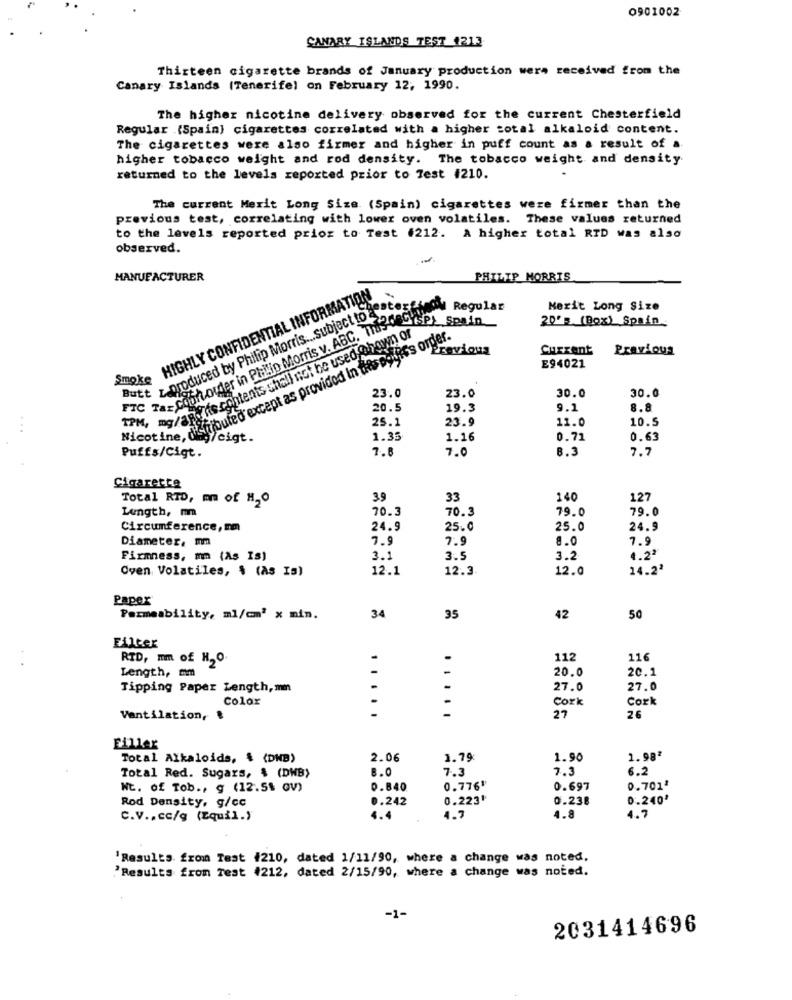
0901002
CANARY ISLANDS TEST 4213
Thirteen cigarette brands of January production were received from the
Canary Islands (Tenerife) on February 12, 1990.
The higher nicotine delivery observed for the current Chesterfield
Regular (Spain) cigarettes correlated with a higher total alkaloid content.
The cigarettes were also firmer and higher in puff count as a result of a
higher tobacco weight and rod density. The tobacco weight and density
returned to the levels reported prior to Test #210.
The current Merit Long Size (Spain) cigarettes were firmer than the
previous test, correlating with lower oven volatiles. These values returned
to the levels reported prior to Test #212. A higher total RID was also
observed.
MANUFACTURER
PHILIP MORRIS
Smoke HIGHLY CONFIDENTIAL INFORMA
Butt > produced by Philip Morris .. subject to et
TPM. Fascistouter in Philip Morris v. ABC. Husk HISPL SOMin
EkimOM Regular
Merit Long Size
20's (Box) Spain
Nils mg/and its contents shall not be used @ hown of
Nicotine, ni nibuted'except as provided in tres polif's order.
Previous
Current
Previous
E94021
23.0
23.0
30.0
30.0
20.5
19.3
9.1
8.8
25.1
23.9
11.0
10.5
...
a/cigt.
1.35
1.16
0.71
0.63
Puffs/Cigt.
7.
7.0
B.3
7.7
Cigarette
Total RTD, mm of H,O
39
33
140
12
Lungth, mm
70.3
70.3
79.0
79.0
Circumference, mm
24.9
25.0
25.0
24.9
Diameter, mm
7.9
7.9
8.0
7.9
Firmness, mm (As Is)
3.1
3.5
3.2
4.2ª
Oven Volatiles, $ (As Is)
12.1
12.3
12.0
14.22
Paper
50
Permeability, ml/cm2 x min.
34
35
42
Filter
1 .
RTD, mm of H2O.
112
116
Length, mm
20.0
20.1
Tipping Paper Length, mm
27.0
27.0
Color
-
Cork
Cork
.....
Ventilation, ₺
27
26
Filler
Total Alkaloids, $ (DNB)
2.06
1.79
1.90
1.98ª
8.0
7.3
6.2
Total Red. Sugars, $ (DWB)
Nt. of Tob ., g (12.51 0V)
0.840
0.776"
0.697
0.701ª
Rod Density, g/cc
0.242
0.223'
0.238
0.240'
C.V .. cc/g (Equil.)
4.4
4.7
4.8
4.7
'Results from Test #210, dated 1/11/90, where a change was noted,
'Results from Test 4212, dated 2/15/90, where a change was noted.
-1-
2031414696